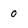
Character: o